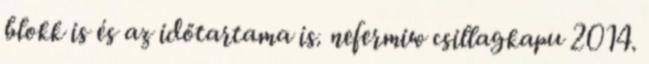
blokk is és az időtartama is. nefermiw csillagkapu 2014.